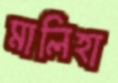
মালিহা